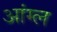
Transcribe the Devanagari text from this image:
आंग्‍ल